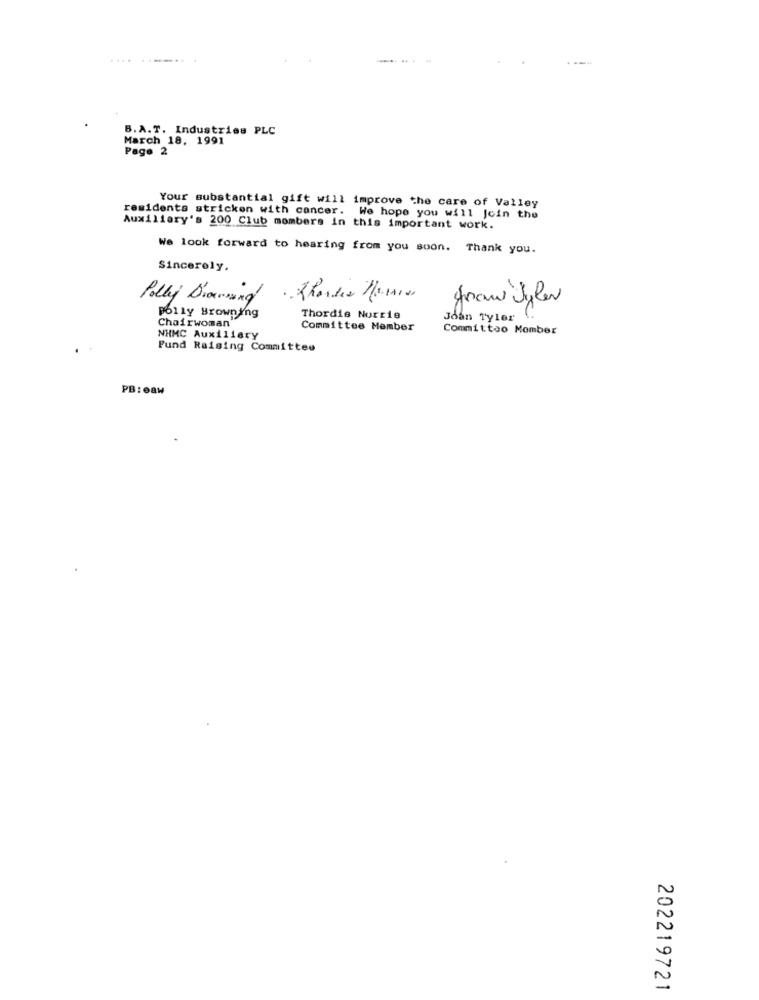
...........
.... .
48
B.A.T. Industries PLC
March 18, 1991
Page 2
Your substantial gift will improve the care of Valley
residents stricken with cancer. We hope you will Join the
Auxiliary's 200 Club members in this important work.
We look forward to hearing from you soon. Thank you.
Sincerely.
Polly Drawing
Joan Tyler
Polly Browning
Thordis Norrie
Joan Tyler
Chairwoman"
Committee Member
Committoo Member
NHMC Auxiliary
Fund Raising Committee
PB: eaw
202219721